Madras plague regulations in force outside the Presidency town - Volume 7
Disease focus: Plague
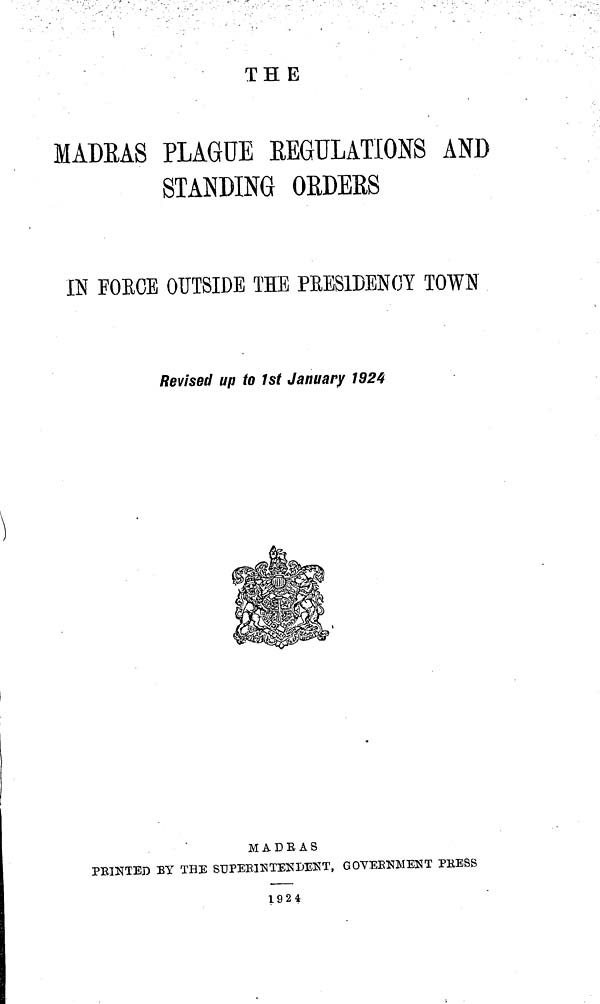
THE
MADRAS PLAGUE REGULATIONS AND
STANDING ORDERS
IN FORCE OUTSIDE THE PEESIDENCY TOWN
Revised up to 1st January 1924
MADRAS
PRINTED BY THE SUPERINTENDENT, GOVERNMENT PRESS
1924